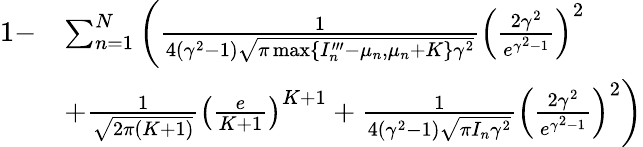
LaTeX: \begin{array}{rl}{1-}&{\sum_{n=1}^{N}\left(\frac{1}{4(\gamma^{2}-1)\sqrt{\pi\operatorname*{max}\{ I_{n}^{\prime\prime\prime}-\mu_{n},\mu_{n}+K\} \gamma^{2}}}\left(\frac{2\gamma^{2}}{e^{\gamma^{2}-1}}\right)^{2}\right.}\\ &{\left.+\frac{1}{\sqrt{2\pi(K+1)}}\left(\frac{e}{K+1}\right)^{K+1}+\frac{1}{4(\gamma^{2}-1)\sqrt{\pi I_{n}\gamma^{2}}}\left(\frac{2\gamma^{2}}{e^{\gamma^{2}-1}}\right)^{2}\right)}\end{array}